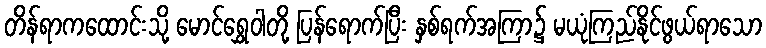
တိန်ရာကထောင်းသို့ မောင်ရွှေဝါတို့ ပြန်ရောက်ပြီး နှစ်ရက်အကြာ၌ မယုံကြည်နိုင်ဖွယ်ရာသော